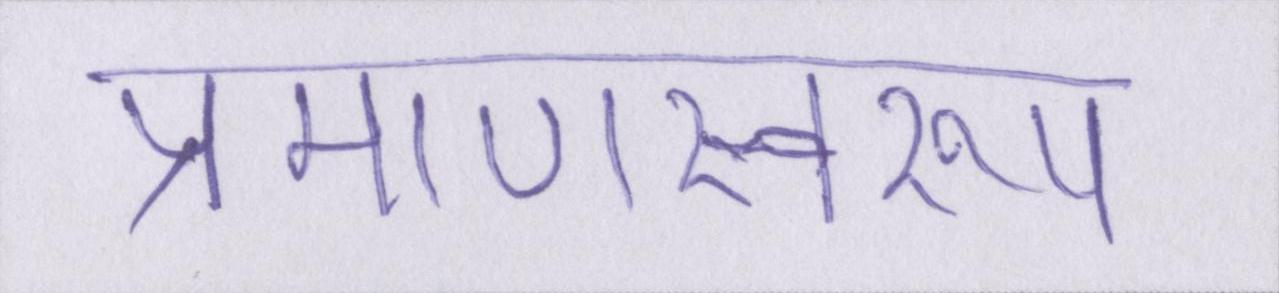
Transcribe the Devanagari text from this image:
प्रमाणस्वरूप